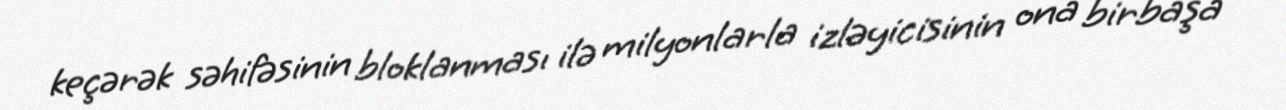
keçərək səhifəsinin bloklanması ilə milyonlarla izləyicisinin ona birbaşa